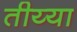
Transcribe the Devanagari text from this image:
तीय्या